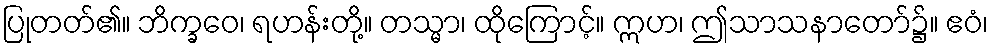
ပြုတတ်၏။ ဘိက္ခဝေ၊ ရဟန်းတို့။ တသ္မာ၊ ထိုကြောင့်။ ဣဟ၊ ဤသာသနာတော်၌။ ဧဝံ၊